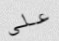
على